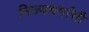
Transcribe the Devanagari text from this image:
निज्यधर्मासी